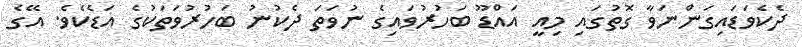
ދެކެވަޑައިގަންނަވާ ގޮތުގައި މިއީ އައްޑޫ ބަހުރުވައިގެ ނުވަތަ ދެކުނު ބަހުރުވަތަކުގެ އަޑެކެވެ. އޭގެ